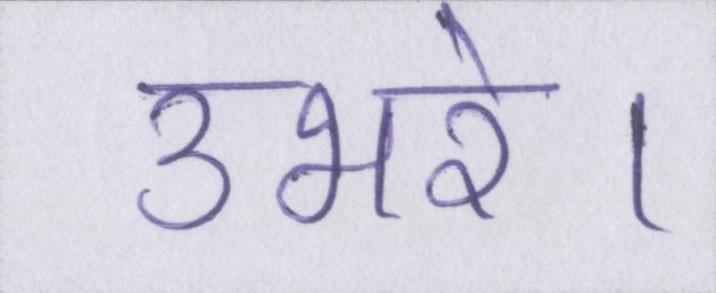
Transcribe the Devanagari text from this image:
उभरे।